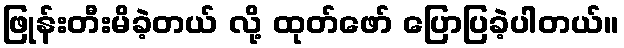
ဖြုန်းတီးမိခဲ့တယ် လို့ ထုတ်ဖော် ပြောပြခဲ့ပါတယ်။